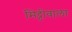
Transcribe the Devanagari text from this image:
मिट्टीवाला